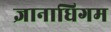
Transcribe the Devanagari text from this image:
ज्ञानाधिगम